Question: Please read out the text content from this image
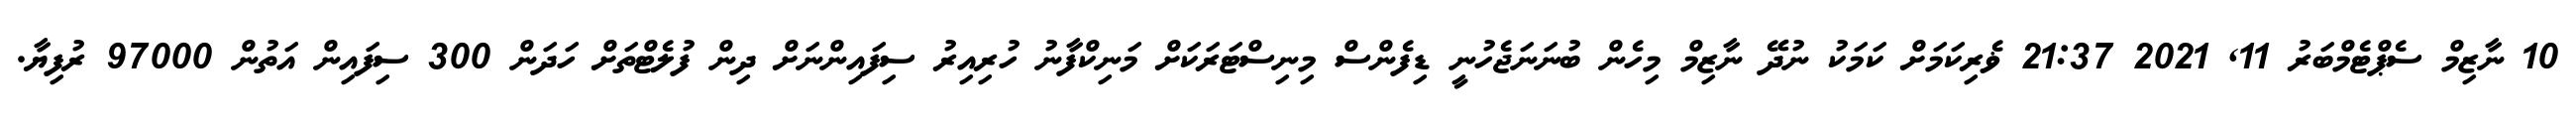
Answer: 10 ނާޒިމް ސެޕްޓެމްބަރު 11, 2021 21:37 ޥެރިކަމަށް ކަމަކު ނުދޭ ނާޒިމް މިހެން ބުނަނަޖެހުނީ ޑިފެންސް މިނިސްޓަރަކަށް މަނިކްފާނު ހުރިއިރު ސިފައިންނަށް ދިން ފުލެޓްތަށް ހަދަން 300 ސިފައިން އަތުން 97000 ރުފިޔާ.